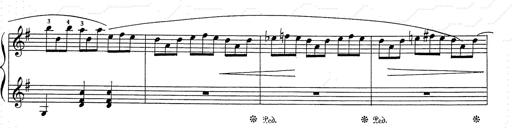
Title: 6 Polish Songs
Composer: Franz Liszt